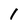
Character: 1